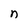
Character: n